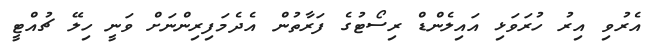
އެރުވި އިރު ހުރަވަޅި އައިލެންޑް ރިސޯޓުގެ ފަރާތުން އެދެމަފިރިންނަށް ވަނީ ހިލޭ ޗުއްޓީ